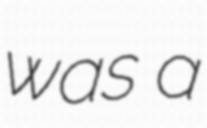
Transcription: was a